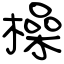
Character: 橾